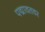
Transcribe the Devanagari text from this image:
पद्मावतवर